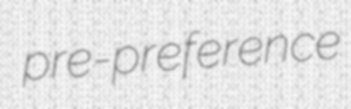
pre-preference